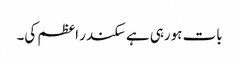
بات ہورہی ہے سکندر اعظم کی۔